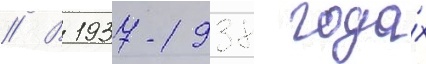
// В 1937-1938 года́х